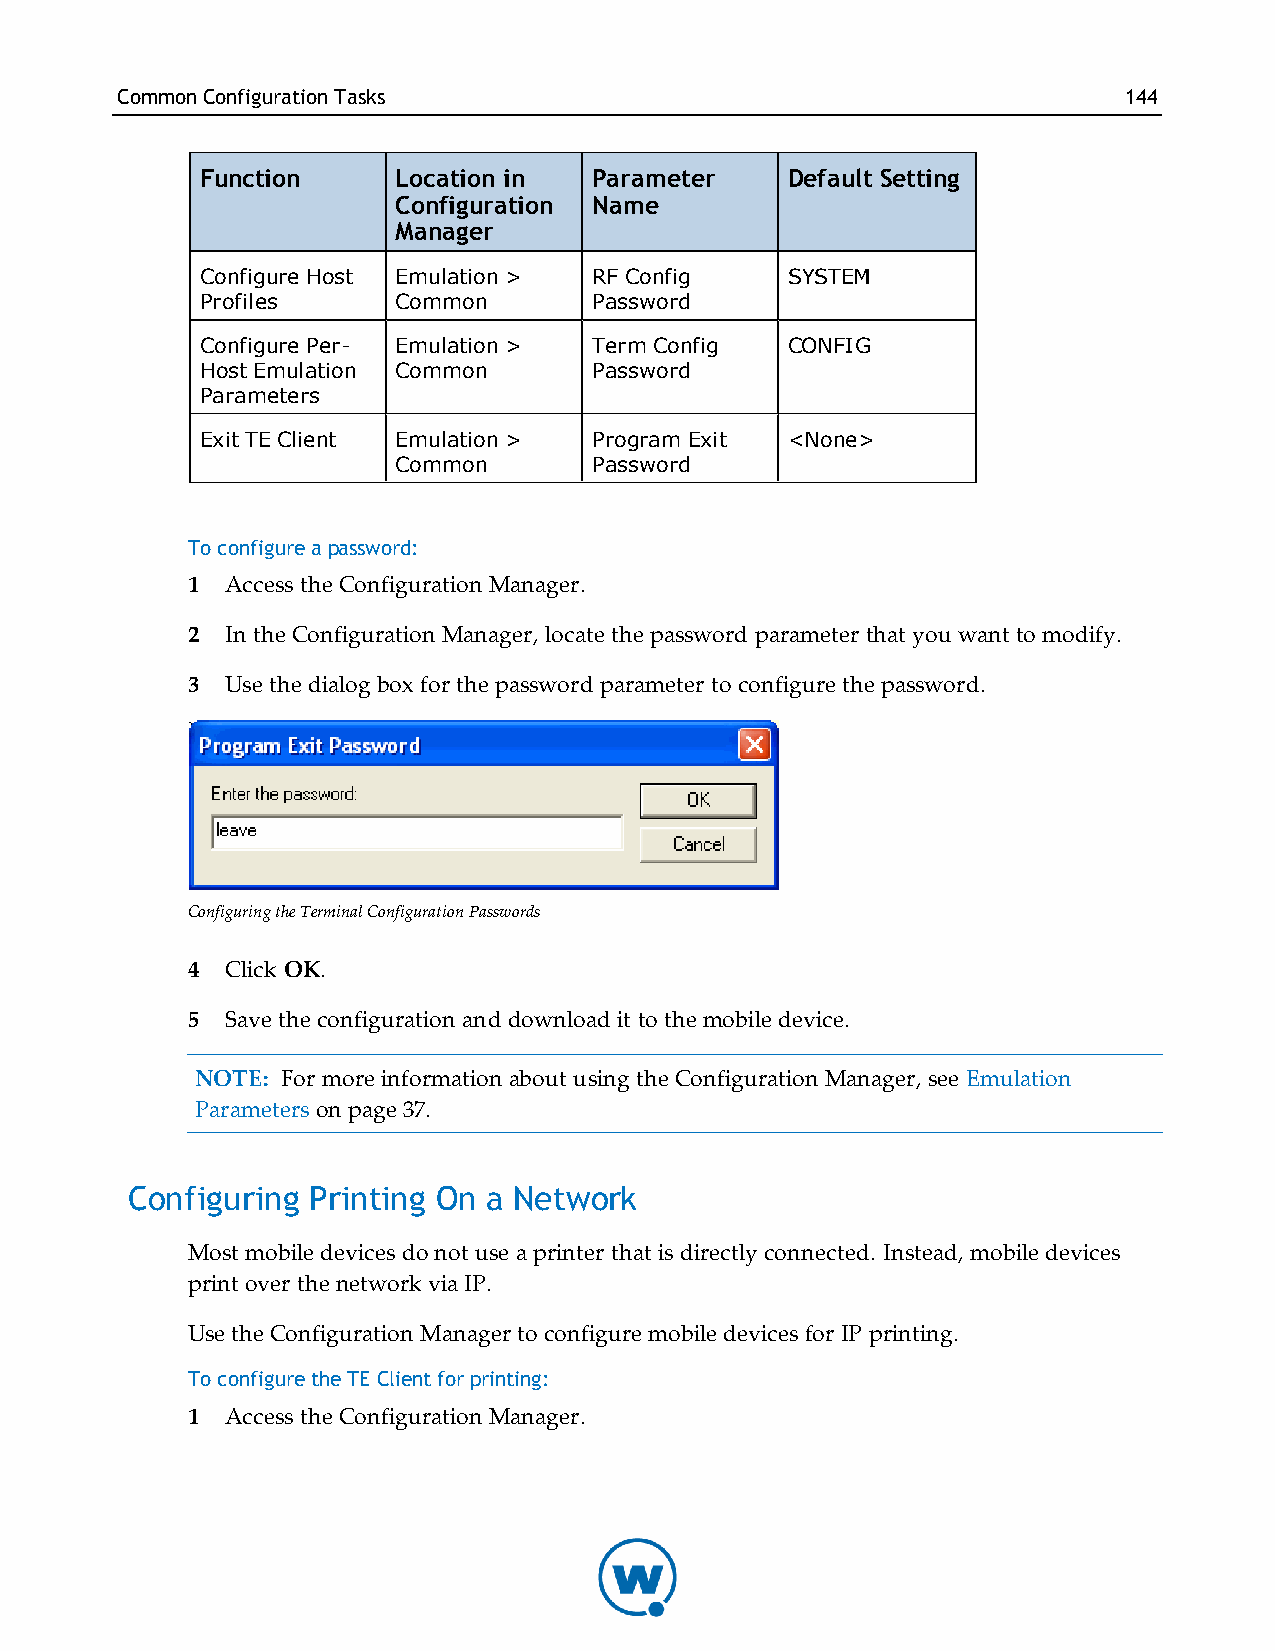
CommonConfigurationTasks                                          144
 Function     Location in  Parameter    Default Setting
 Configuration Name
 Manager
 Configure Host Emulation > RF Config   SYSTEM
 Profiles     Common       Password
 Configure Per- Emulation > Term Config CONFIG
 Host Emulation Common     Password
 Parameters
 Exit TE Client Emulation > Program Exit <None>
 Common       Password
 To configure a password:
 1  Access the Configuration Manager.
 2  In the Configuration Manager, locate the password parameter that you want to modify.
 3  Use the dialog box for the password parameter to configure the password.
 Configuring the Terminal Configuration Passwords
 4  Click OK.
 5  Save the configuration and download it to the mobile device.
 NOTE: For more information about using the Configuration Manager, see Emulation
 Parameters on page 37.
 Configuring Printing On a Network
 Most mobile devices do not use a printer that is directly connected. Instead, mobile devices
 print over the network via IP.
 Use the Configuration Manager to configure mobile devices for IP printing.
 To configure the TE Client for printing:
 1  Access the Configuration Manager.